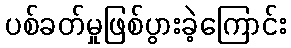
ပစ်ခတ်မှုဖြစ်ပွားခဲ့ကြောင်း